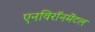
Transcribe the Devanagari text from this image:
एनविरॉनमेंटल